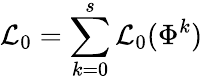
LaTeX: {\cal\mathcal{L}}_{0}=\sum_{k=0}^{s}{\cal\mathcal{L}}_{0}(\Phi^{k})